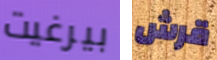
بيرغيت قرش